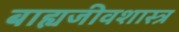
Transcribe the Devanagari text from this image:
बाह्यजीवशास्त्र